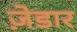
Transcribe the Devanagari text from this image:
ज़ेडार